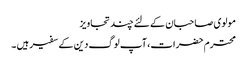
مولوی صاحبان کے لئے چند تجاویز
محترم حضرات، آپ لوگ دین کے سفیر ہیں ۔